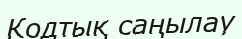
Кодтық саңылау